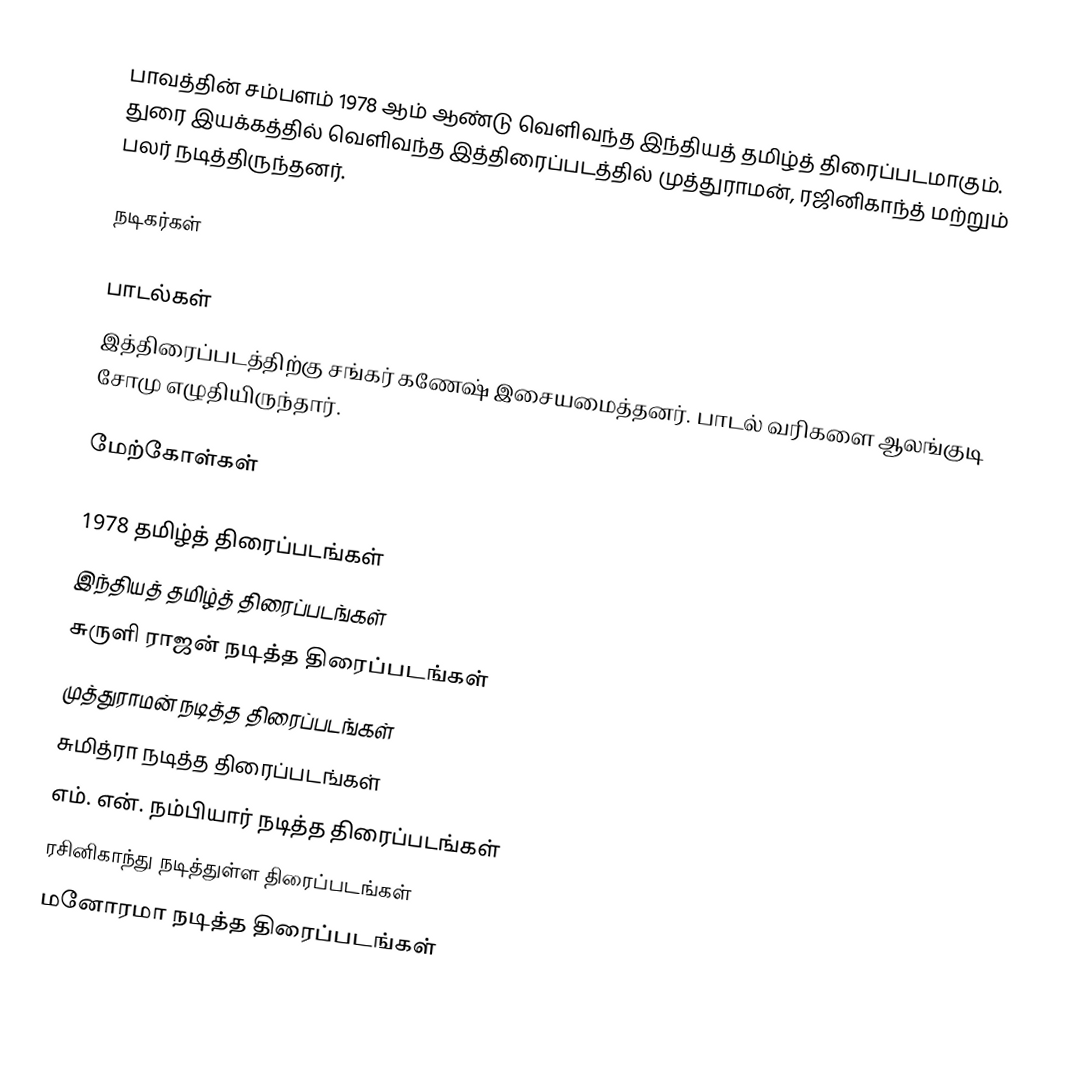
பாவத்தின் சம்பளம் 1978 ஆம் ஆண்டு வெளிவந்த இந்தியத் தமிழ்த் திரைப்படமாகும். துரை இயக்கத்தில் வெளிவந்த இத்திரைப்படத்தில் முத்துராமன், ரஜினிகாந்த் மற்றும் பலர் நடித்திருந்தனர்.

நடிகர்கள்

பாடல்கள்
இத்திரைப்படத்திற்கு சங்கர் கணேஷ் இசையமைத்தனர். பாடல் வரிகளை ஆலங்குடி சோமு எழுதியிருந்தார்.

மேற்கோள்கள்

1978 தமிழ்த் திரைப்படங்கள்
இந்தியத் தமிழ்த் திரைப்படங்கள்
சுருளி ராஜன் நடித்த திரைப்படங்கள்
முத்துராமன் நடித்த திரைப்படங்கள்
சுமித்ரா நடித்த திரைப்படங்கள்
எம். என். நம்பியார் நடித்த திரைப்படங்கள்
ரசினிகாந்து நடித்துள்ள திரைப்படங்கள்
மனோரமா நடித்த திரைப்படங்கள்